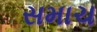
સમાચ